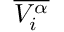
\overline { { V _ { i } ^ { \alpha } } }